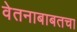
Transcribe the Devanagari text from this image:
वेतनाबाबतचा